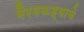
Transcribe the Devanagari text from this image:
भैरवकड्याचे